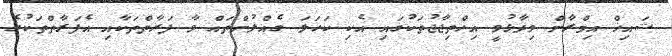
ޝައިޚް އިމްރާން ވިދާޅުވީ އިހްތިޖާޖުތަކުގައި އެކި ކަހަލަ ގެއްލުންތައް ވާ ފަރާތްތަކާއި އެފަރާތްތަަކުގެ